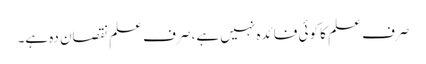
صرف علم کا کوئی فائدہ نہیں ہے، صرف علم نقصان دہ ہے۔